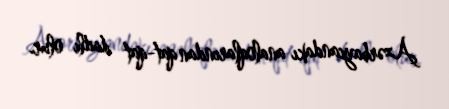
Azərbaycandakı analoqlarından qat-qat dadlı olur.